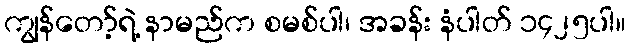
ကျွန်တော့်ရဲ့ နာမည်က စမစ်ပါ၊ အခန်း နံပါတ် ၁၄၂၅ပါ။